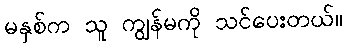
မနှစ်က သူ ကျွန်မကို သင်ပေးတယ်။